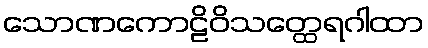
သောဏကောဠိဝိသတ္ထေရဂါထာ